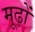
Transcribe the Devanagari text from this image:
मूढ़ों